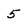
Character: 5